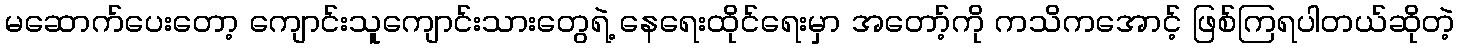
မဆောက်ပေးတော့ ကျောင်းသူကျောင်းသားတွေရဲ့ နေရေးထိုင်ရေးမှာ အတော့်ကို ကသိကအောင့် ဖြစ်ကြရပါတယ်ဆိုတဲ့